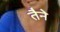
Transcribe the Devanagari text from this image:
तैने